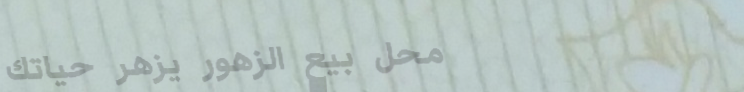
محل بيع الزهور يزهر حياتك